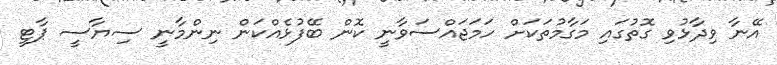
އޭނާ ވިދާޅުވި ގޮތުގައި މަގާމުތަކަށް ހަމަޖައްސަވާނީ ކޮން ބޭފުޅެއްކަން ނިންމާނީ ސިޔާސީ ޕާޓީ